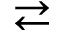
\rightleftarrows